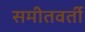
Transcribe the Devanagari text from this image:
समीतवर्ती